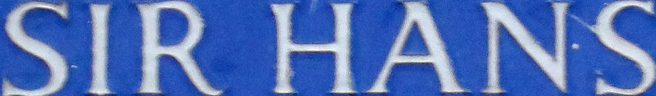
SIR HANS